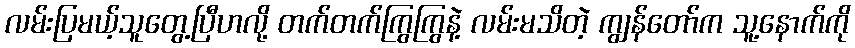
လမ်းပြမယ့်သူတွေ့ပြီဟလို့ တက်တက်ကြွကြွနဲ့ လမ်းမသိတဲ့ ကျွန်တော်က သူ့နောက်ကို